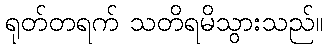
ရုတ်တရက် သတိရမိသွားသည်။